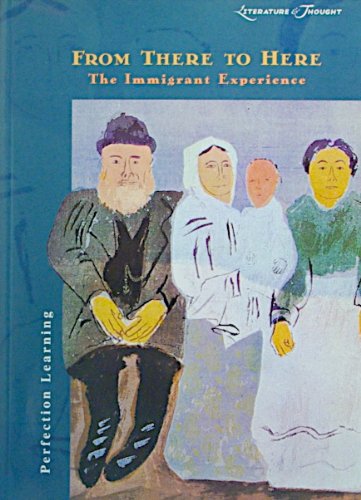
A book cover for From There to Here: The Immigrant Experience (Literature & Thought Series); Julie A. Schumacher; Children's Books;